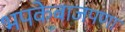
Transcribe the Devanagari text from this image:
भपकेबाजपणा